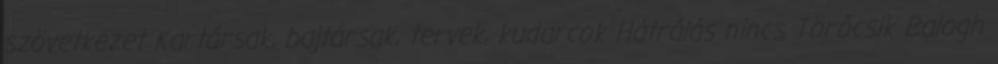
szövetkezet Kartársak, bajtársak, tervek, kudarcok Hátrálás nincs Törőcsik Balogh